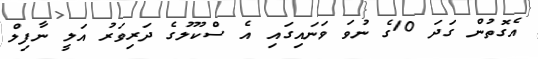
އެގޮތުން ގަދަ 10ގެ ނުވަ ވަނައިގައި އެ ސްކޫލުގެ ދަރިވަރު އަލީ ނާފިލް